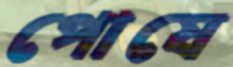
পোষে